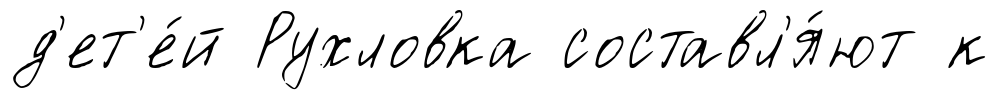
д'ет'е́й Рухловка составл'я́ют к